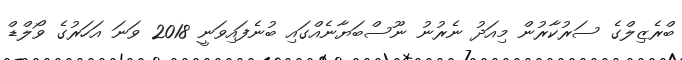
ބްރެޒިލްގެ ސަރުކާރުން މިއަދު ނެރުނު ނޫސްބަޔާނެއްގައި ބުނެފައިވަނީ 2018 ވަނަ އަހަރުގެ ވޯލްޑް